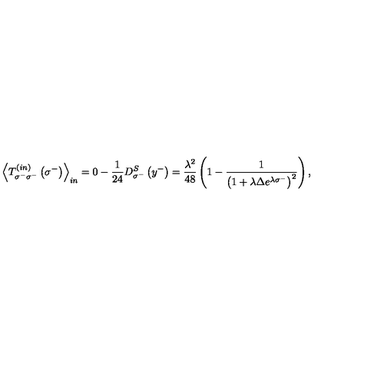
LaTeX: { \left< T _ { \sigma ^ { - } \sigma ^ { - } } ^ { \left( i n \right) } \left( \sigma ^ { - } \right) \right> } _ { i n } = 0 - { \frac { 1 } { 2 4 } } D _ { \sigma ^ { - } } ^ { S } \left( y ^ { - } \right) = { \frac { \lambda ^ { 2 } } { 4 8 } } \left( 1 - { \frac { 1 } { { \left( 1 + \lambda \Delta e ^ { \lambda \sigma ^ { - } } \right) } ^ { 2 } } } \right) ,